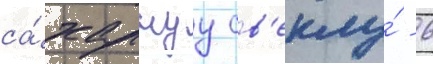
са́харнуу св'еклу́ - 6